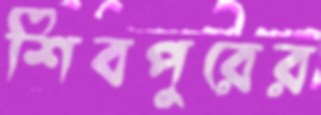
শিবপুরের